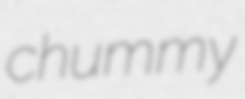
chummy